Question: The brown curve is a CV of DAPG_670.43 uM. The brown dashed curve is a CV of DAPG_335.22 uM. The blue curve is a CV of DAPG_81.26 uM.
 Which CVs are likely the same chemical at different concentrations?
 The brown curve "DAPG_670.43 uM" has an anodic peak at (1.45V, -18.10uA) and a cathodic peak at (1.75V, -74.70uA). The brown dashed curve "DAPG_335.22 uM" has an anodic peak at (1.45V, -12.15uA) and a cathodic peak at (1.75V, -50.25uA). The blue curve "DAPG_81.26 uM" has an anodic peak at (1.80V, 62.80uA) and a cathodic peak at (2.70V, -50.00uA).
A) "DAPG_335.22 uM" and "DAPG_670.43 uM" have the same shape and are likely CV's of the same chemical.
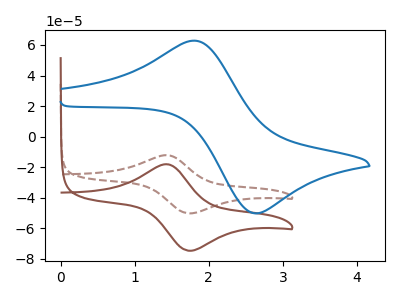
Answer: <think>All the peaks in "DAPG_670.43 uM" have a peak in "DAPG_335.22 uM" at the same potential. "DAPG_670.43 uM" and "DAPG_81.26 uM" have at least one peak that do not match. "DAPG_335.22 uM" and "DAPG_81.26 uM" have at least one peak that do not match.
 </think>
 <answer>A) "DAPG_335.22 uM" and "DAPG_670.43 uM" have the same shape and are likely CV's of the same chemical.</answer>
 <eval>A</eval>